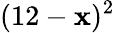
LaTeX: (12-\mathbf{x})^{2}